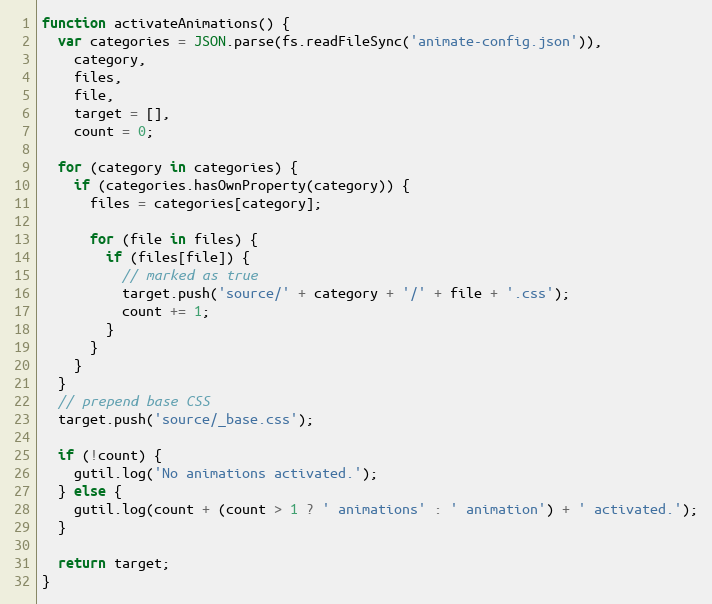
Language: JavaScript
function activateAnimations() {
  var categories = JSON.parse(fs.readFileSync('animate-config.json')),
    category,
    files,
    file,
    target = [],
    count = 0;

  for (category in categories) {
    if (categories.hasOwnProperty(category)) {
      files = categories[category];

      for (file in files) {
        if (files[file]) {
          // marked as true
          target.push('source/' + category + '/' + file + '.css');
          count += 1;
        }
      }
    }
  }
  // prepend base CSS
  target.push('source/_base.css');

  if (!count) {
    gutil.log('No animations activated.');
  } else {
    gutil.log(count + (count > 1 ? ' animations' : ' animation') + ' activated.');
  }

  return target;
}